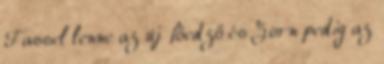
Fassel lenne az új főedző és Zorn pedig az